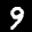
Label: 9